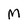
Character: M